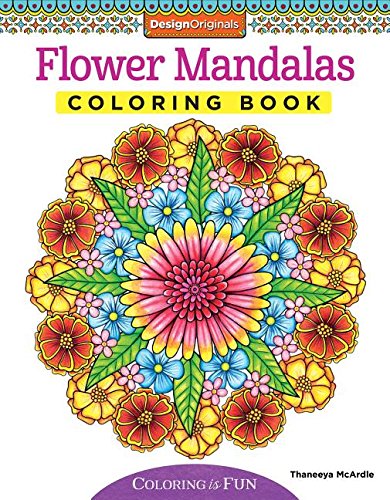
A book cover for Flower Mandalas Coloring Book (Coloring Activity Book); Thaneeya McArdle; Arts & Photography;